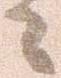
々